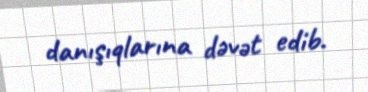
danışıqlarına dəvət edib.